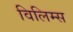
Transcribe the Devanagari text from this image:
विलिम्स